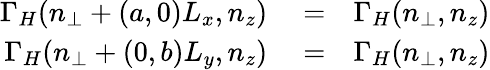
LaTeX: \begin{array}{rlr}{\Gamma_{H}(n_{\perp}+(a,0)L_{x},n_{z})}&{{}=}&{\Gamma_{H}(n_{\perp},n_{z})}\\ {\Gamma_{H}(n_{\perp}+(0,b)L_{y},n_{z})}&{{}=}&{\Gamma_{H}(n_{\perp},n_{z})}\end{array}